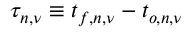
\tau _ { n , \nu } \equiv t _ { f , n , \nu } - t _ { o , n , \nu }